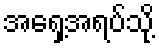
အရှေ့အရပ်သို့